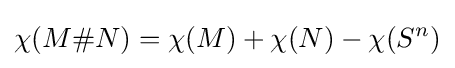
\chi (M\#N)=\chi (M)+\chi (N)-\chi (S^{n})